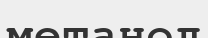
метанол